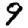
Digit: 9